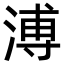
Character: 溥